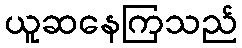
ယူဆနေကြသည်